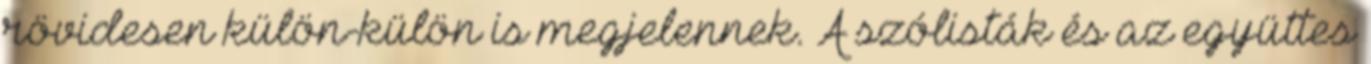
rövidesen külön-külön is megjelennek. A szólisták és az együttes